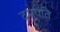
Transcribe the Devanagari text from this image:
दमयंति